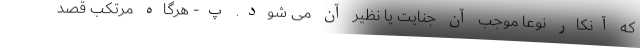
که آنکار نوعاً موجب آن جنایت یا نظیر آن می شود. پ- هرگاه مرتکب قصد